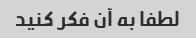
لطفا به آن فکر کنید